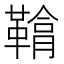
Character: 𩌒